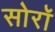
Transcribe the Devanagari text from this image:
सोरॉ